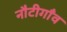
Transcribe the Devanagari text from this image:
नौटीगाँव